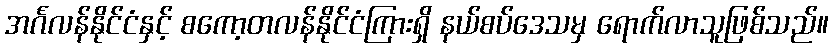
အင်္ဂလန်နိုင်ငံနှင့် စကော့တလန်နိုင်ငံကြားရှိ နယ်စပ်ဒေသမှ ရောက်လာသူဖြစ်သည်။